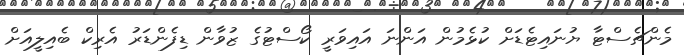
މެންޗެސްޓާ ޔުނައިޓެޑަށް ކުޅެމުން އަންނަ އައިވަރީ ކޯސްޓުގެ ޒުވާން ޑިފެންޑަރު އެރިކް ބެއިލީއަށް